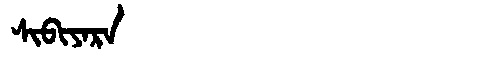
Manchu: ᠰᡳᠪᡳᠶᠠᡵᠠ
Romanization: SIBIYARA